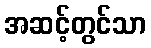
အဆင့်တွင်သာ